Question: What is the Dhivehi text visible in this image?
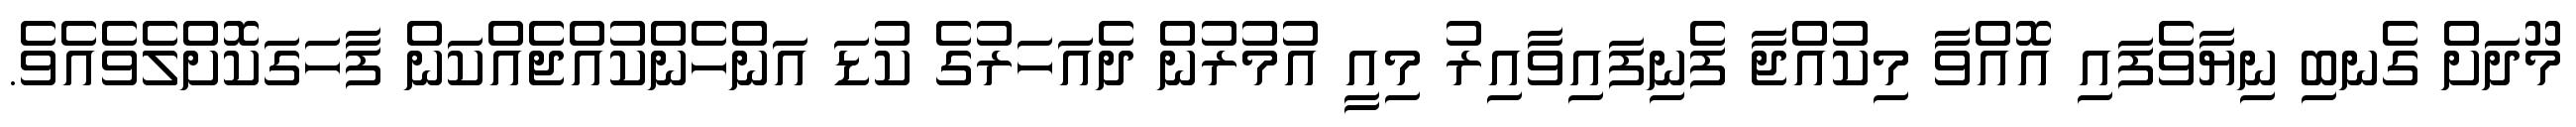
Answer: މޫދަށް ގެނބި ނިޔާވެފައި އޮއްވާ މިކުއްޖާ ފެނިފައިވާއިރު މިއީ އުމުރުން ދެއަހަރުގެ ކުޑަ އަންހެންކުއްޖެއްކަން ފާހަގަކޮށްލެވެއެވެ.